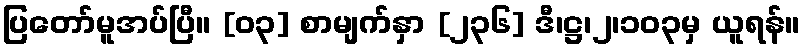
ပြတော်မူအပ်ပြီ။ [၀၃] စာမျက်နှာ [၂၃၆] ဒီ၊ဋ္ဌ၊၂၊၁၀၃မှ ယူရန်။